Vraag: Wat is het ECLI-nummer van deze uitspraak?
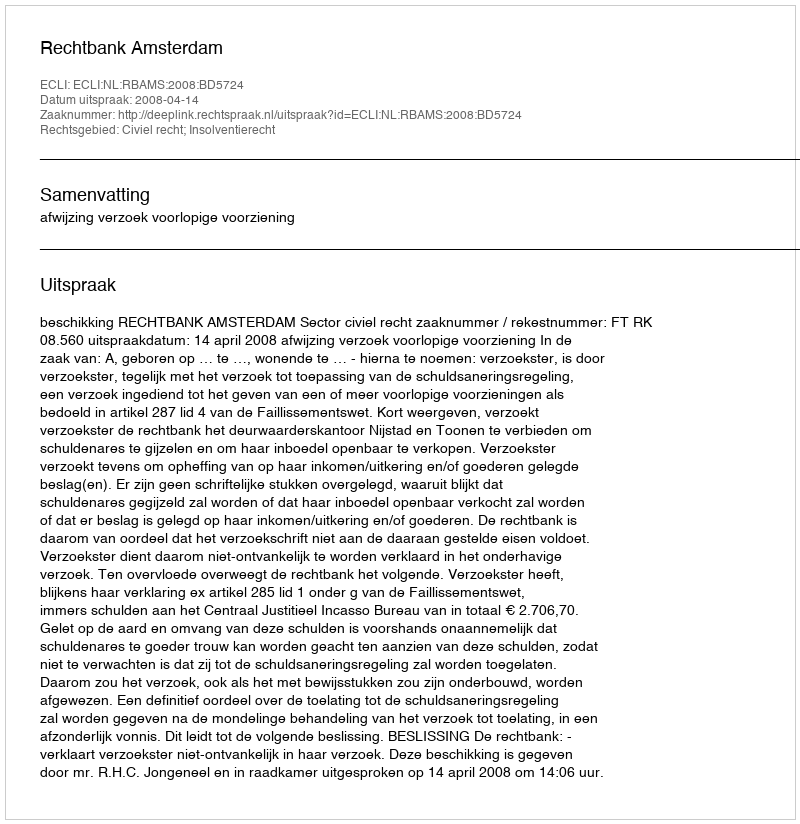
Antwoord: ECLI:NL:RBAMS:2008:BD5724